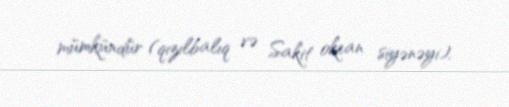
mümkündür (qızılbalıq və Sakit okean siyənəyi).